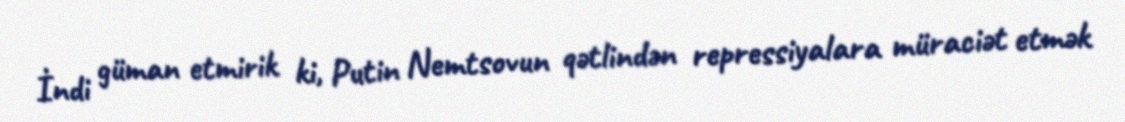
İndi güman etmirik ki, Putin Nemtsovun qətlindən repressiyalara müraciət etmək